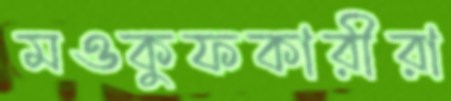
মওকুফকারীরা